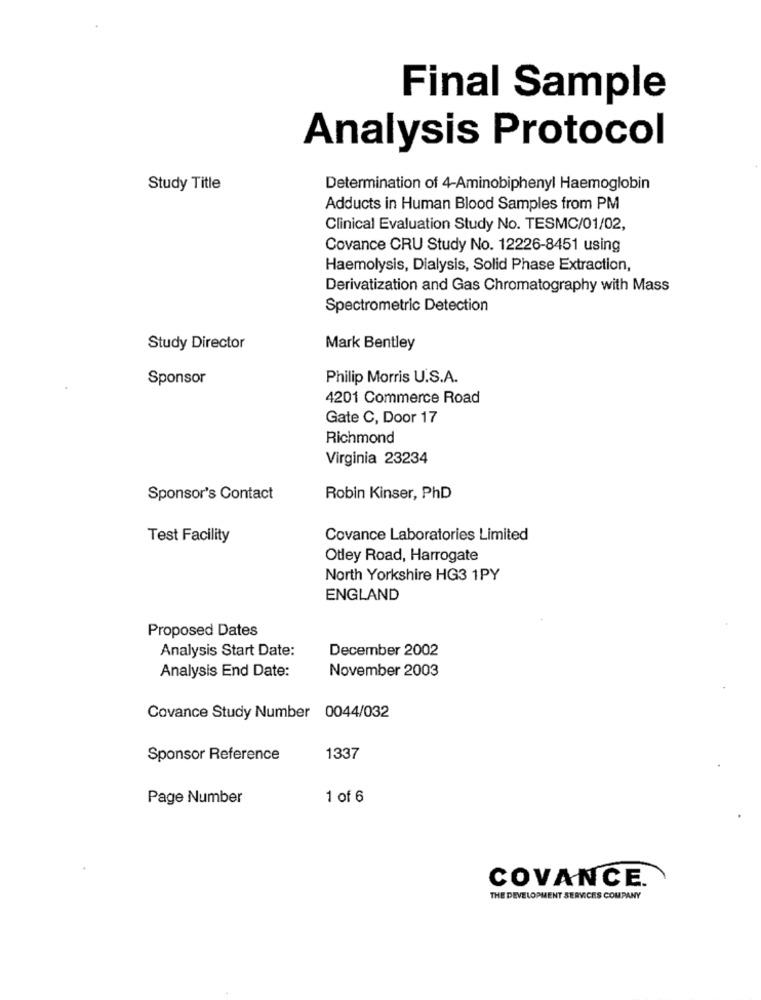
Final Sample
Analysis Protocol
Study Title
Determination of 4-Aminobiphenyl Haemoglobin
Adducts in Human Blood Samples from PM
Clinical Evaluation Study No. TESMC/01/02,
Covance CRU Study No. 12226-8451 using
Haemolysis, Dialysis, Solid Phase Extraction,
Derivatization and Gas Chromatography with Mass
Spectrometric Detection
Study Director
Mark Bentley
Sponsor
Philip Morris U.S.A.
4201 Commerce Road
Gate C, Door 17
Richmond
Virginia 23234
Sponsor's Contact
Robin Kinser, PhD
Test Facility
Covance Laboratories Limited
Otley Road, Harrogate
North Yorkshire HG3 1PY
ENGLAND
Proposed Dates
Analysis Start Date:
December 2002
Analysis End Date:
November 2003
Covance Study Number 0044/032
Sponsor Reference
1337
Page Number
1 of 6
COVANCE.
THE DEVELOPMENT SERVICES COMPANY